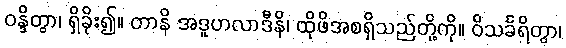
ဝန္ဒိတွာ၊ ရှိခိုး၍။ တာနိ အဒူဟလာဒီနိ၊ ထိုဖိအစရှိသည်တို့ကို။ ဝိသင်္ခရိတွာ၊